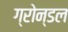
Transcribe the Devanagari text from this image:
ग्रोन्डल